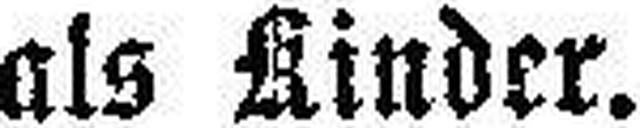
als Kinder.